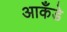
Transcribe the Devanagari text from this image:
आकँडे